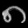
Digit: ၈